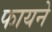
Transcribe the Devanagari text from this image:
फायने